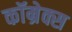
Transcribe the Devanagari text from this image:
कॉम्रेक्स